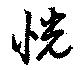
恍